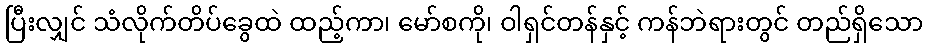
ပြီးလျှင် သံလိုက်တိပ်ခွေထဲ ထည့်ကာ၊ မော်စကို၊ ဝါရှင်တန်နှင့် ကန်ဘဲရားတွင် တည်ရှိသော